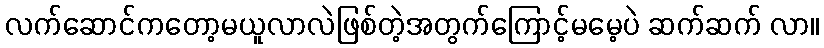
လက်ဆောင်ကတော့မယူလာလဲဖြစ်တဲ့အတွက်ကြောင့်မမေ့ပဲ ဆက်ဆက် လာ။